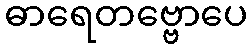
ဓာရေတဗ္ဗောပေ